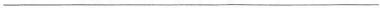
___